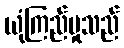
ယုံကြည်မှုသည်